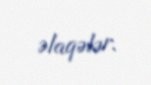
əlaqələr.